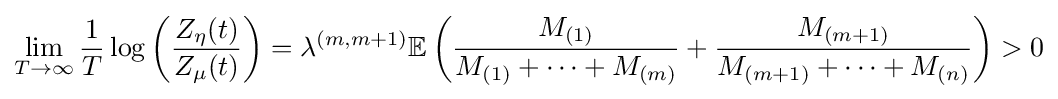
\lim _{T\rightarrow \infty }{\frac {1}{T}}\log \left({\frac {Z_{\eta }(t)}{Z_{\mu }(t)}}\right)=\lambda ^{(m,m+1)}\mathbb {E} \left({\frac {M_{(1)}}{M_{(1)}+\cdots +M_{(m)}}}+{\frac {M_{(m+1)}}{M_{(m+1)}+\cdots +M_{(n)}}}\right)>0